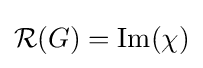
{\mathcal {R}}(G)={\text{Im}}(\chi )